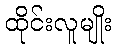
ထိုင်းလူမျိုး